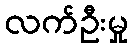
လက်ဦးမှု